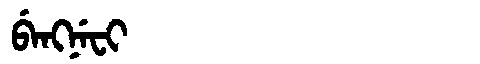
Manchu: ᠪᡝᠩᠨᡝᠸᡳ
Romanization: BENGNEFI